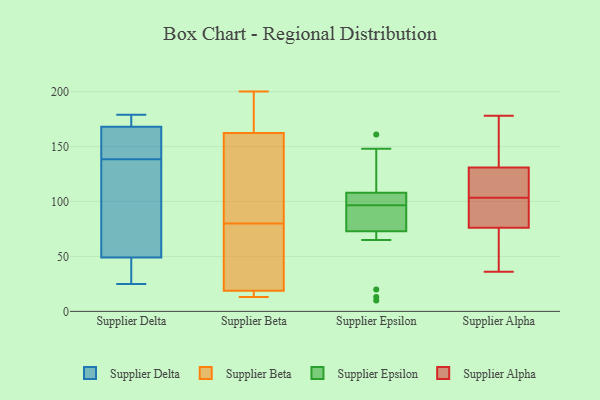
{"axis": {"x": "Tickets Resolved", "y": "Value"}, "legend": ["Supplier Alpha", "Supplier Beta", "Supplier Delta", "Supplier Epsilon"], "data": [{"x": "", "y": 67, "type": "Supplier Delta"}, {"x": "", "y": 179, "type": "Supplier Delta"}, {"x": "", "y": 147, "type": "Supplier Delta"}, {"x": "", "y": 155, "type": "Supplier Delta"}, {"x": "", "y": 25, "type": "Supplier Delta"}, {"x": "", "y": 130, "type": "Supplier Delta"}, {"x": "", "y": 168, "type": "Supplier Delta"}, {"x": "", "y": 173, "type": "Supplier Delta"}, {"x": "", "y": 36, "type": "Supplier Delta"}, {"x": "", "y": 49, "type": "Supplier Delta"}, {"x": "", "y": 20, "type": "Supplier Beta"}, {"x": "", "y": 13, "type": "Supplier Beta"}, {"x": "", "y": 161, "type": "Supplier Beta"}, {"x": "", "y": 80, "type": "Supplier Beta"}, {"x": "", "y": 52, "type": "Supplier Beta"}, {"x": "", "y": 15, "type": "Supplier Beta"}, {"x": "", "y": 200, "type": "Supplier Beta"}, {"x": "", "y": 102, "type": "Supplier Beta"}, {"x": "", "y": 131, "type": "Supplier Beta"}, {"x": "", "y": 43, "type": "Supplier Beta"}, {"x": "", "y": 173, "type": "Supplier Beta"}, {"x": "", "y": 13, "type": "Supplier Beta"}, {"x": "", "y": 166, "type": "Supplier Beta"}, {"x": "", "y": 83, "type": "Supplier Epsilon"}, {"x": "", "y": 130, "type": "Supplier Epsilon"}, {"x": "", "y": 20, "type": "Supplier Epsilon"}, {"x": "", "y": 138, "type": "Supplier Epsilon"}, {"x": "", "y": 13, "type": "Supplier Epsilon"}, {"x": "", "y": 103, "type": "Supplier Epsilon"}, {"x": "", "y": 81, "type": "Supplier Epsilon"}, {"x": "", "y": 73, "type": "Supplier Epsilon"}, {"x": "", "y": 148, "type": "Supplier Epsilon"}, {"x": "", "y": 108, "type": "Supplier Epsilon"}, {"x": "", "y": 97, "type": "Supplier Epsilon"}, {"x": "", "y": 161, "type": "Supplier Epsilon"}, {"x": "", "y": 102, "type": "Supplier Epsilon"}, {"x": "", "y": 10, "type": "Supplier Epsilon"}, {"x": "", "y": 102, "type": "Supplier Epsilon"}, {"x": "", "y": 96, "type": "Supplier Epsilon"}, {"x": "", "y": 65, "type": "Supplier Epsilon"}, {"x": "", "y": 88, "type": "Supplier Epsilon"}, {"x": "", "y": 80, "type": "Supplier Alpha"}, {"x": "", "y": 76, "type": "Supplier Alpha"}, {"x": "", "y": 36, "type": "Supplier Alpha"}, {"x": "", "y": 117, "type": "Supplier Alpha"}, {"x": "", "y": 178, "type": "Supplier Alpha"}, {"x": "", "y": 159, "type": "Supplier Alpha"}, {"x": "", "y": 129, "type": "Supplier Alpha"}, {"x": "", "y": 44, "type": "Supplier Alpha"}, {"x": "", "y": 165, "type": "Supplier Alpha"}, {"x": "", "y": 99, "type": "Supplier Alpha"}, {"x": "", "y": 132, "type": "Supplier Alpha"}, {"x": "", "y": 80, "type": "Supplier Alpha"}, {"x": "", "y": 71, "type": "Supplier Alpha"}, {"x": "", "y": 131, "type": "Supplier Alpha"}, {"x": "", "y": 47, "type": "Supplier Alpha"}, {"x": "", "y": 101, "type": "Supplier Alpha"}, {"x": "", "y": 111, "type": "Supplier Alpha"}, {"x": "", "y": 106, "type": "Supplier Alpha"}]}